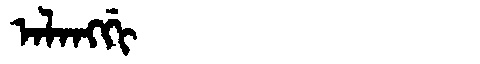
Manchu: ᠠᠯᠠᠩᡤᡳ
Romanization: ALANGGI